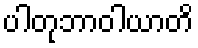
ပါတုဘာဝါယာတိ